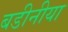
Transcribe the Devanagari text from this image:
बडीनीया